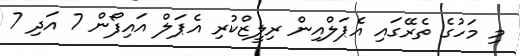
މި މަހުގެ ތެރޭގައި އެޕަލްއިން ރިލީޒްކުރި އެޕަލް އައިފޯން 7 އަދި 7